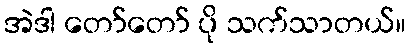
အဲဒါ တော်တော် ပို သက်သာတယ်။